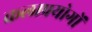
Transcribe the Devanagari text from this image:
कलाप्रयोगों